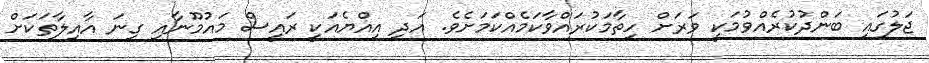
ޖަލުގައި ބަންދުކުރެއްވުމަކީ ވަރަށް ހިތާމަކުރައްވާކަމެއްކަމަށެވެ. އަދި އިއްޔެއަކީ ރައީސް މައުމޫނާއި ގިނަ އާއިލާތަކަށް